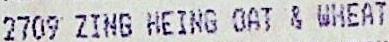
2709 ZING HEING OAT & WHEAT